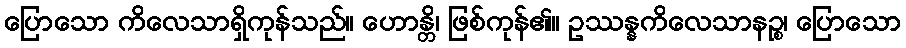
ပြောသော ကိလေသာရှိကုန်သည်။ ဟောန္တိ၊ ဖြစ်ကုန်၏။ ဥဿန္နကိလေသာနဉ္စ၊ ပြောသော